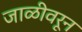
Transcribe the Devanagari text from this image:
जाळीवरून